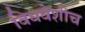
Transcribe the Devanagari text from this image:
विधवेशीच